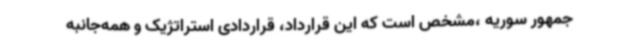
جمهور سوریه ،مشخص است که این قرارداد، قراردادی استراتژیک و همه‌جانبه